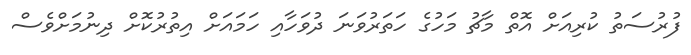
ފުރުސަތު ކުރިއަށް އޮތް މާޗު މަހުގެ ހަތަރުވަނަ ދުވަހާއި ހަމައަށް އިތުރުކޮށް ދިނުމަށްވެސް